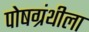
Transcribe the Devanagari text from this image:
पोषग्रंथीला